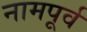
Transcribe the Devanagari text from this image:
नामपूर्व